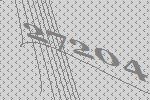
27204